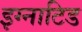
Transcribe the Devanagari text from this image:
इग्नाटिड